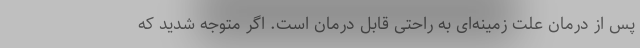
پس از درمان علت زمینه‌ای به راحتی قابل درمان است. اگر متوجه شدید که